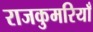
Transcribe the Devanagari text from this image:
राजकुमरियाँ